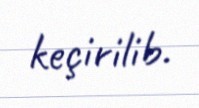
keçirilib.